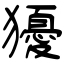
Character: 獶